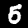
Label: 5